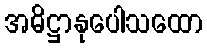
အဓိဋ္ဌာနုပေါသထော